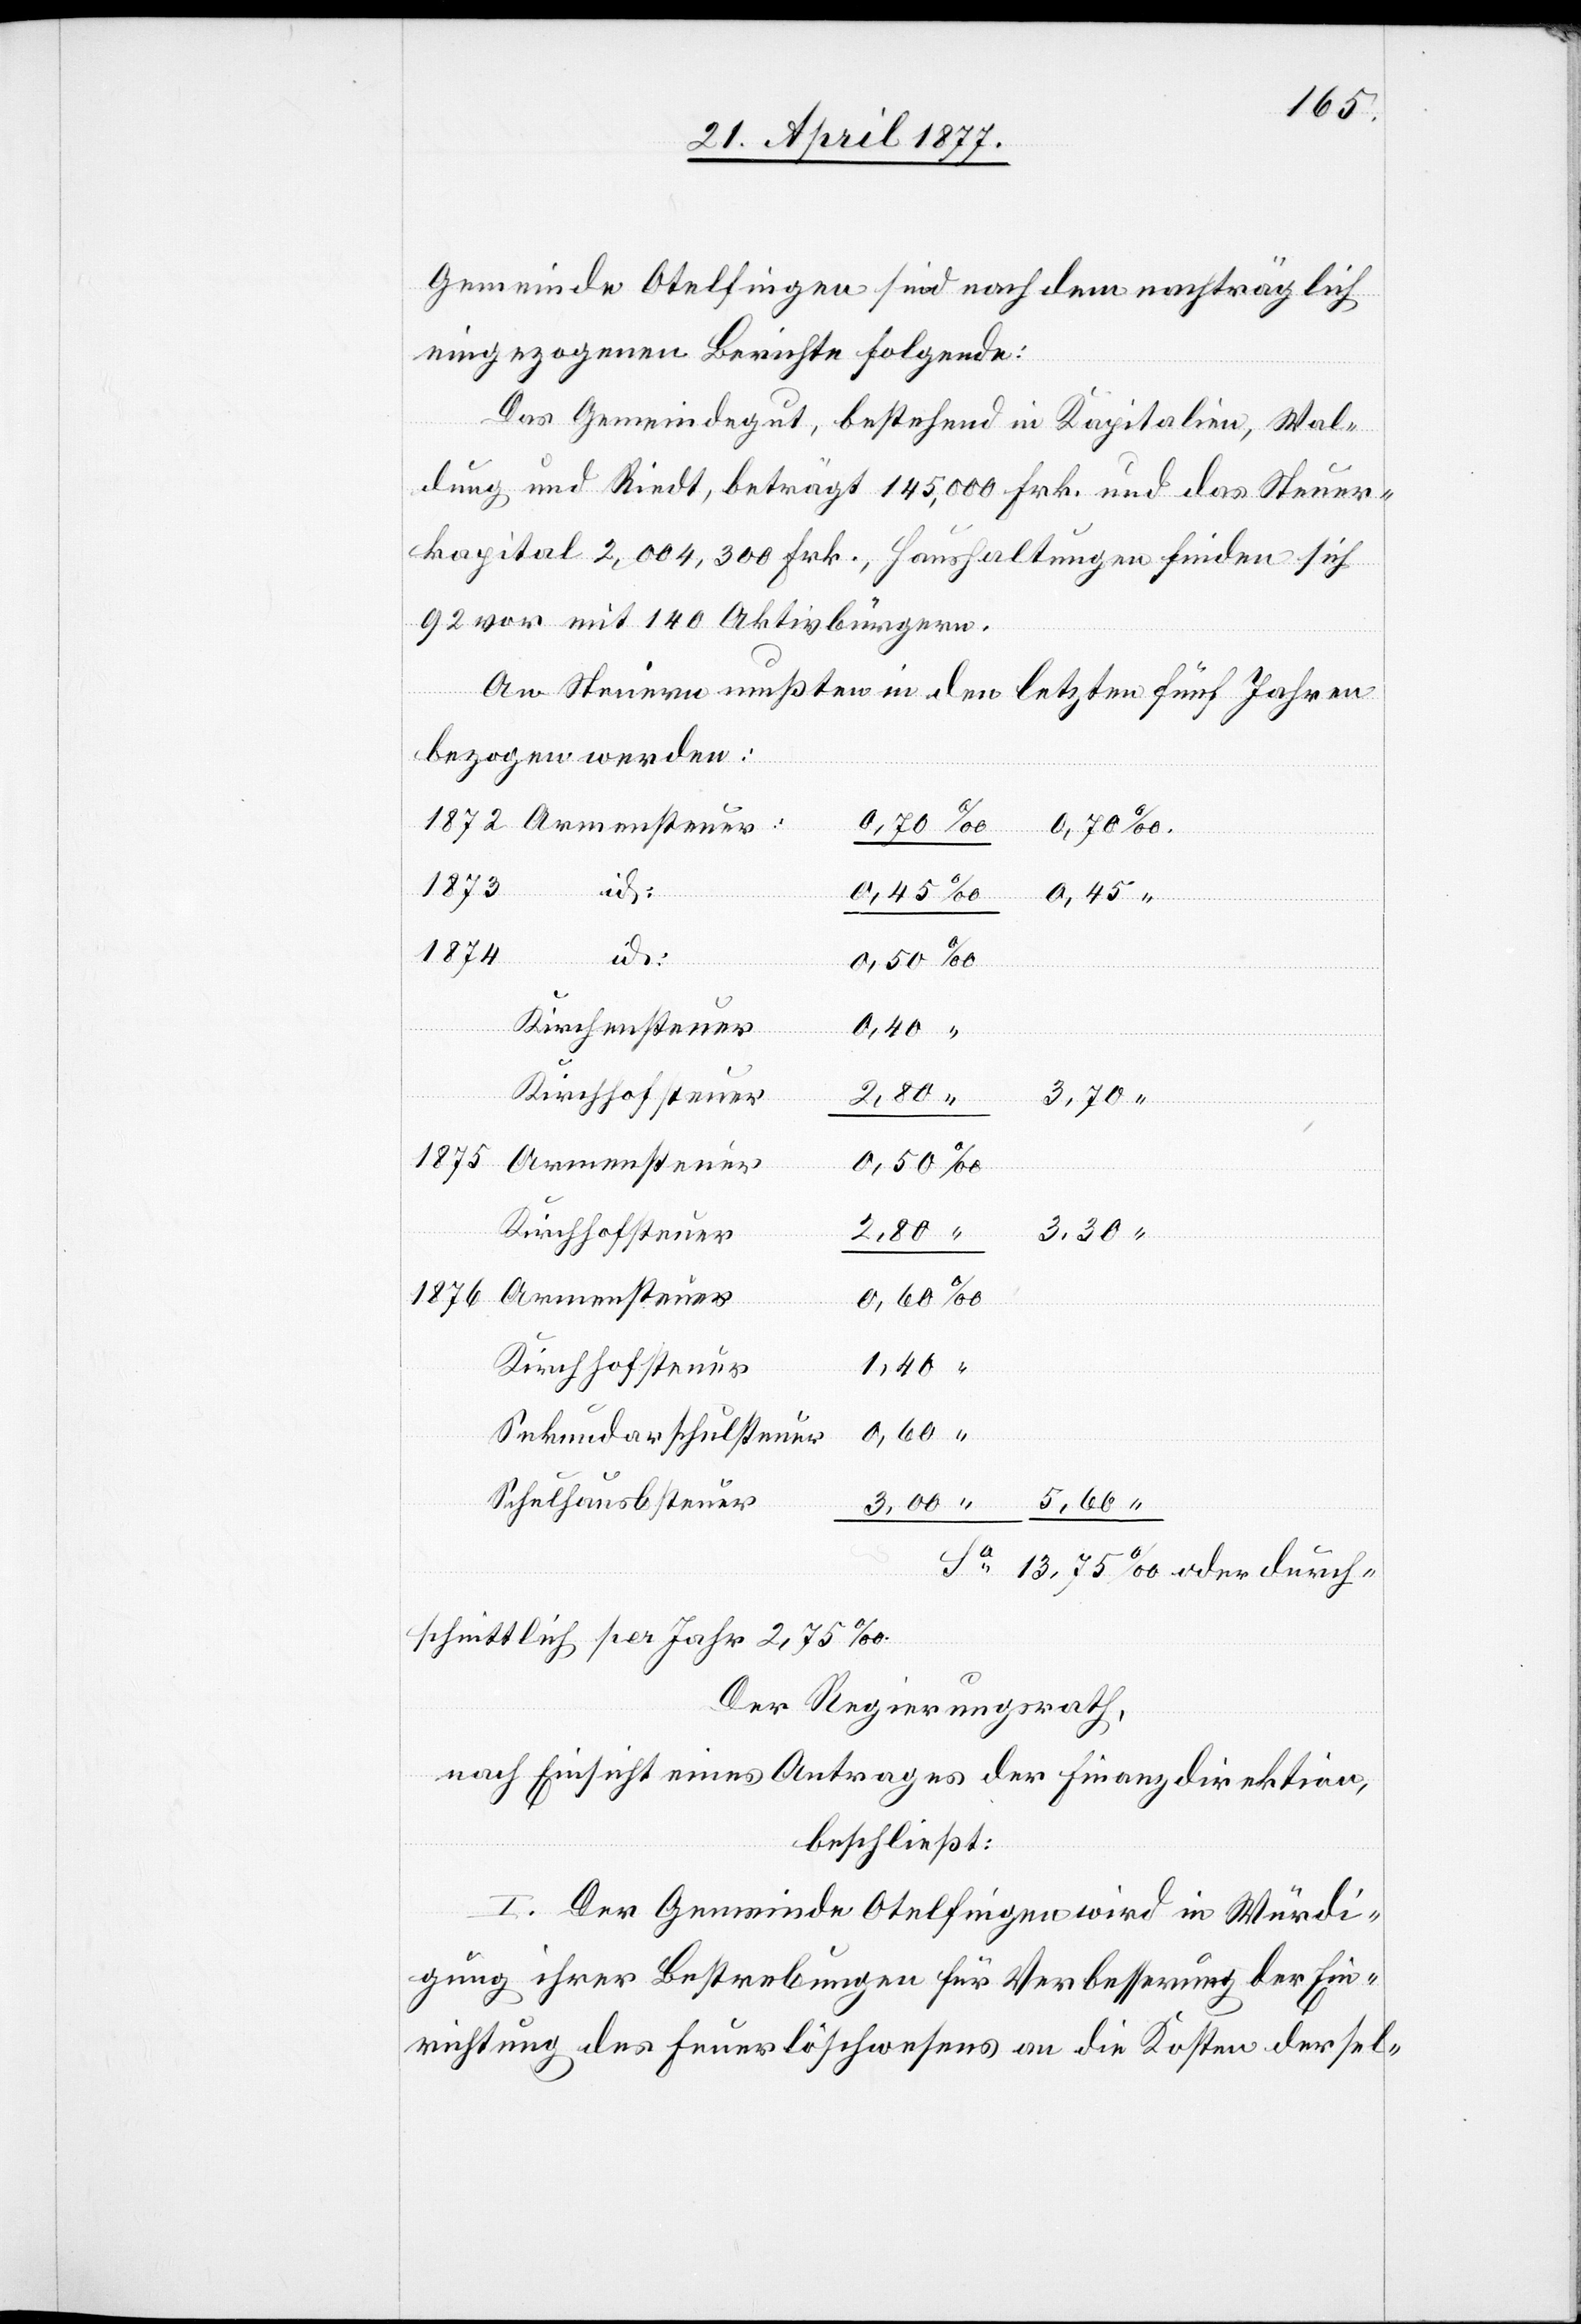
Gemeinde Otelfingen sind nach dem nachträglich
eingezogenen Berichte folgende:
Das Gemeindegut, bestehend in Kapitalien, Wal¬
dung und Riedt, beträgt 145,000 Frk. und das Steuer¬
kapital 2,004,300 Frk., Haushaltungen finden sich
92 vor mit 140 Aktivbürgern.
An Steuern mußten in den letzten fünf Jahren
bezogen werden:
0,70
“
3,70
Sa
13,75
oder
0,50
1876
durch¬
Kirchensteuer
1,40
Kirchhofsteuer
2,80
Sekundarschulsteuer
Schulhausbsteuer
5,60
schnittlich per Jahr 2,75‰.
Der Regierungsrath,
nach Einsicht eines Antrages der Finanzdirektion,
beschließt:
I. Der Gemeinde Otelfingen wird in Würdi¬
gung ihrer Bestrebungen für Verbesserung der Ein¬
richtung des Feuerlöschwesens an die Kosten dersel-